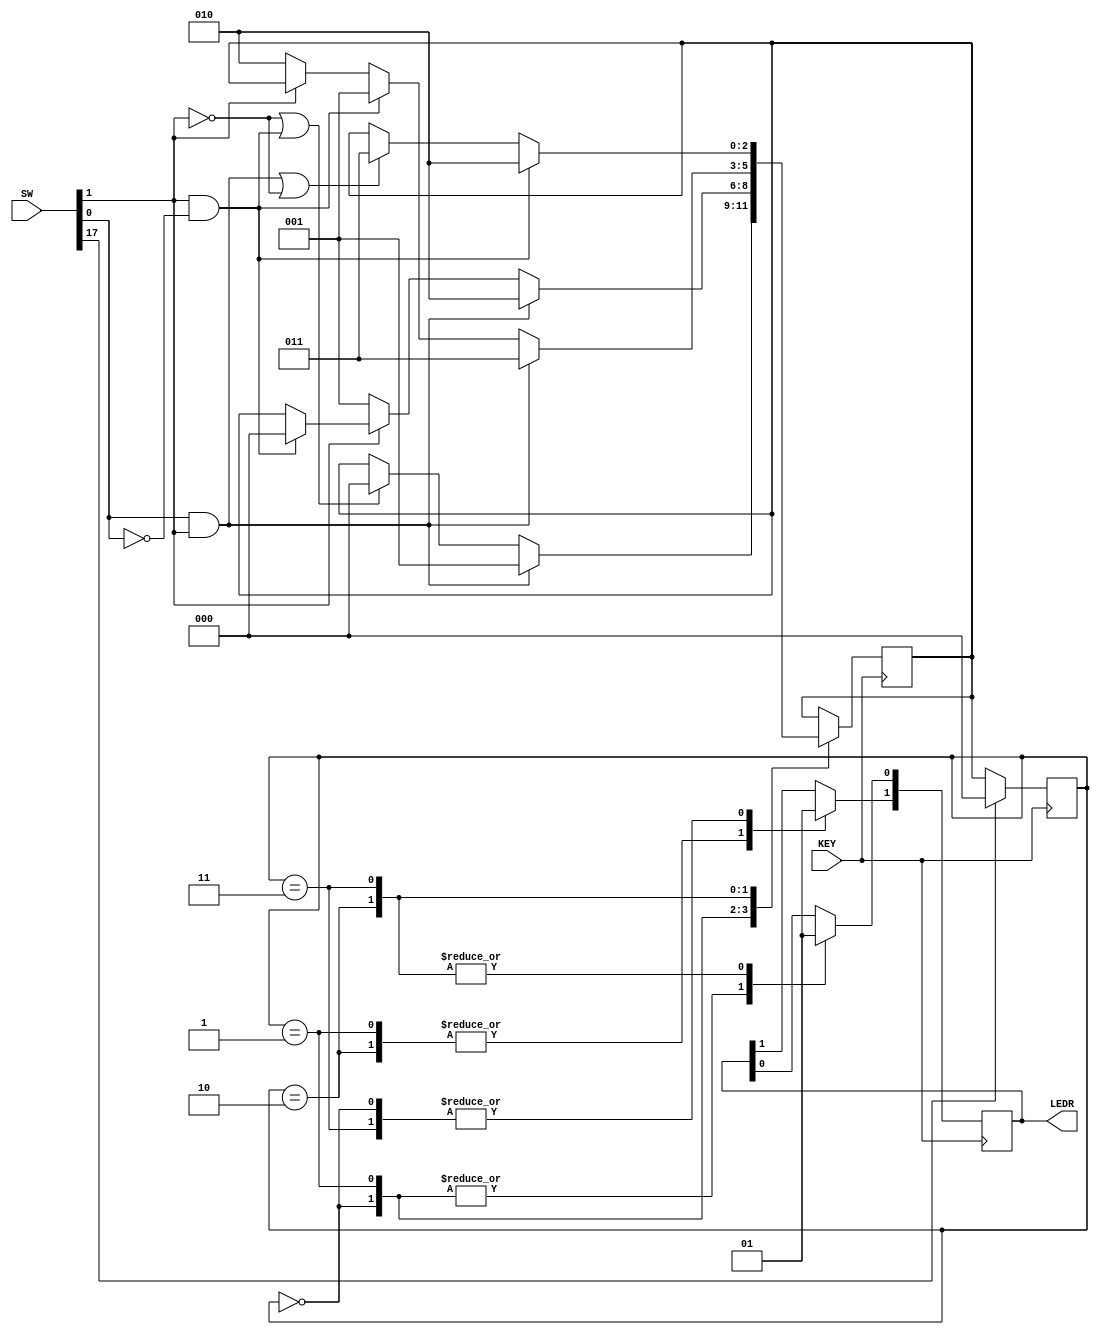
// Top - Level Module

/*
In this version of the design, you should specify sequential behavior following the example in verilog_ref_seqv2.pdf [Check Canvas Page to see example]
Note that you may NOT use an adder or addition to solve this problem (but see the post-lab).
*/

module UpDownCounterV2(SW, KEY, LEDR);

// Input

// UpDown = SW[0]...Enable = SW[1]...Reset = SW[17]
input [17:0] SW;
// KEY[0] = CLK
input [0:0] KEY;

// Output

// Taken = LEDR[0]...Strong = LEDR[1]
output [1:0] LEDR;
reg [1:0] LEDR;

// States
parameter A = 2'b00;
parameter B = 2'b01;
parameter C = 2'b10;
parameter D = 2'b11;

reg [2:0] state;
reg [2:0] next_state;

always @(posedge KEY[0])
	begin
		case(state)
		A:	if(SW[0] == 1 && SW[1] == 1)
				next_state = B;
			else if ((SW[1] == 0) || (SW[1] == 1 && SW[0] == 0))
				next_state = A;
				
		B: if(SW[0] == 1 && SW[1] == 1)
				next_state = C;
			else if (SW[1] == 0)
				next_state = B;
			else if (SW[0] == 0 && SW[1] == 1)
			    next_state = A;
				
		C: if(SW[0] == 1 && SW[1] == 1)
				next_state = D;
			else if (SW[0] == 0 && SW[1] == 1)
				next_state = B;
			else if (SW[1] == 0)
				next_state = C;
				
		D: if (SW[0] == 0 && SW[1] == 1)
				next_state = C;
			else if ((SW[0] == 1 && SW[1] == 1) || (SW[1] == 0))
				next_state = D;
				
		endcase
	end

// Reset
always @(posedge KEY[0])
	begin
		if (SW[17] == 1)
			state <= A;
		else
			state <= next_state;
	end
	
// Output
always @(posedge KEY[0])
	begin 
		case(state)
		A: begin
			LEDR[0] = 0;
			LEDR[1] = 1;
		end
		
		B: begin
			LEDR[0] = 0;
			LEDR[1] = 0;
		end
		
		C: begin
			LEDR[0] = 1;
			LEDR[1] = 0;
		end
		
		D: begin
			LEDR[0] = 1;
			LEDR[1] = 1;
		end
		endcase
	end
		
endmodule